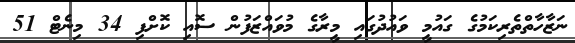
ނަޒާހާތްތެރިކަމުގެ ގައުމީ ވައުދުގައި މީރާގެ މުވައްޒަފުން ސޮއި ކޮށްފި 34 މިނެޓް 51